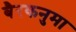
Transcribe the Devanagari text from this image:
बैरकनुमा